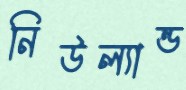
নিউল্যান্ড